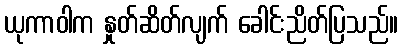
ယုကာဝါက နှုတ်ဆိတ်လျက် ခေါင်းညိတ်ပြသည်။